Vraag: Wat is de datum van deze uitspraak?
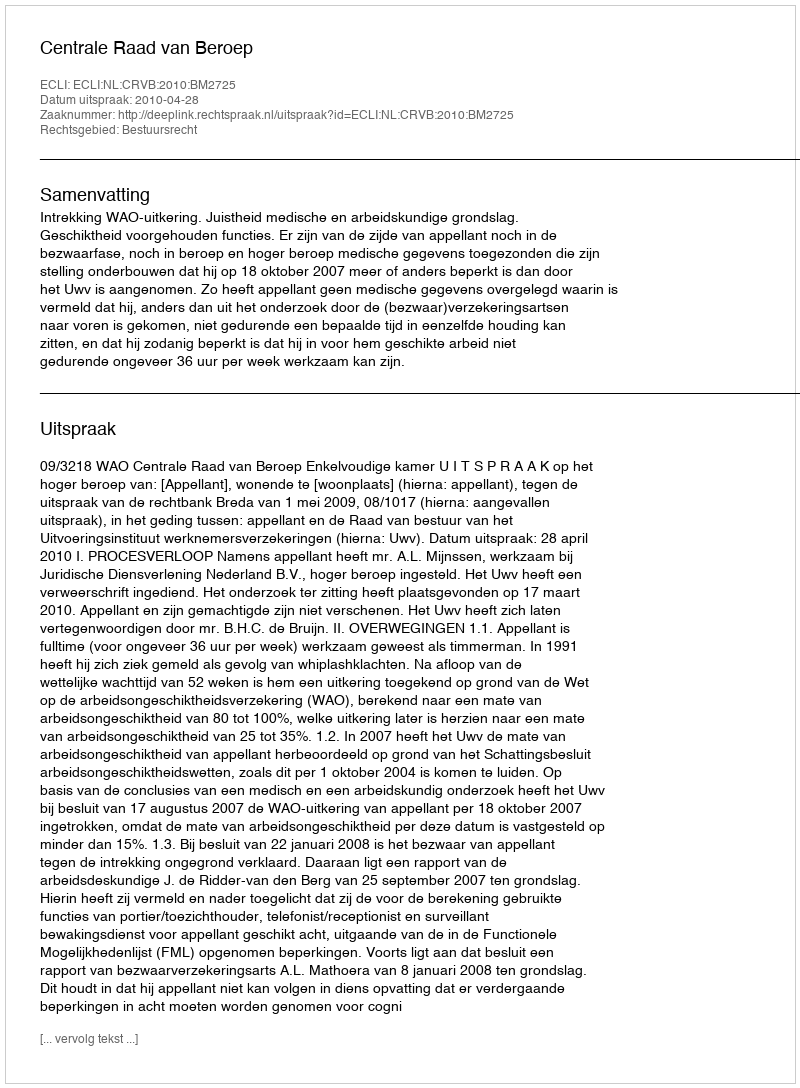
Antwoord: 2010-04-28